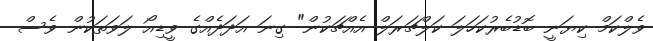
ވެލްކަމް ކިޔަނީ ބޮޑުބެރުކަހަލަ ކަލްޗަރަލް އެއްޗަކުން" ގިނަ އަދަދެއްގެ ވީޑިއޯ ލަވަތަކުން ވެސް